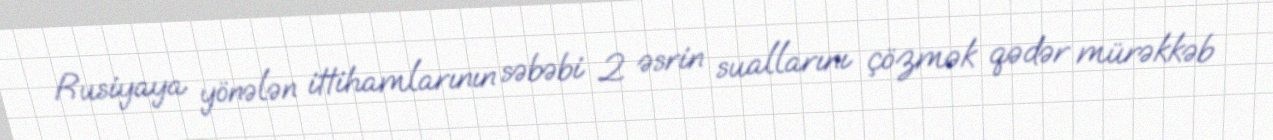
Rusiyaya yönələn ittihamlarının səbəbi 2 əsrin suallarını çözmək qədər mürəkkəb